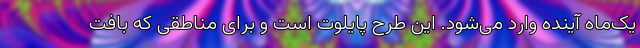
یک‌ماه آینده وارد می‌شود. این طرح پایلوت است و برای مناطقی که بافت